kultuurilooline_kollektsioon, lk 20
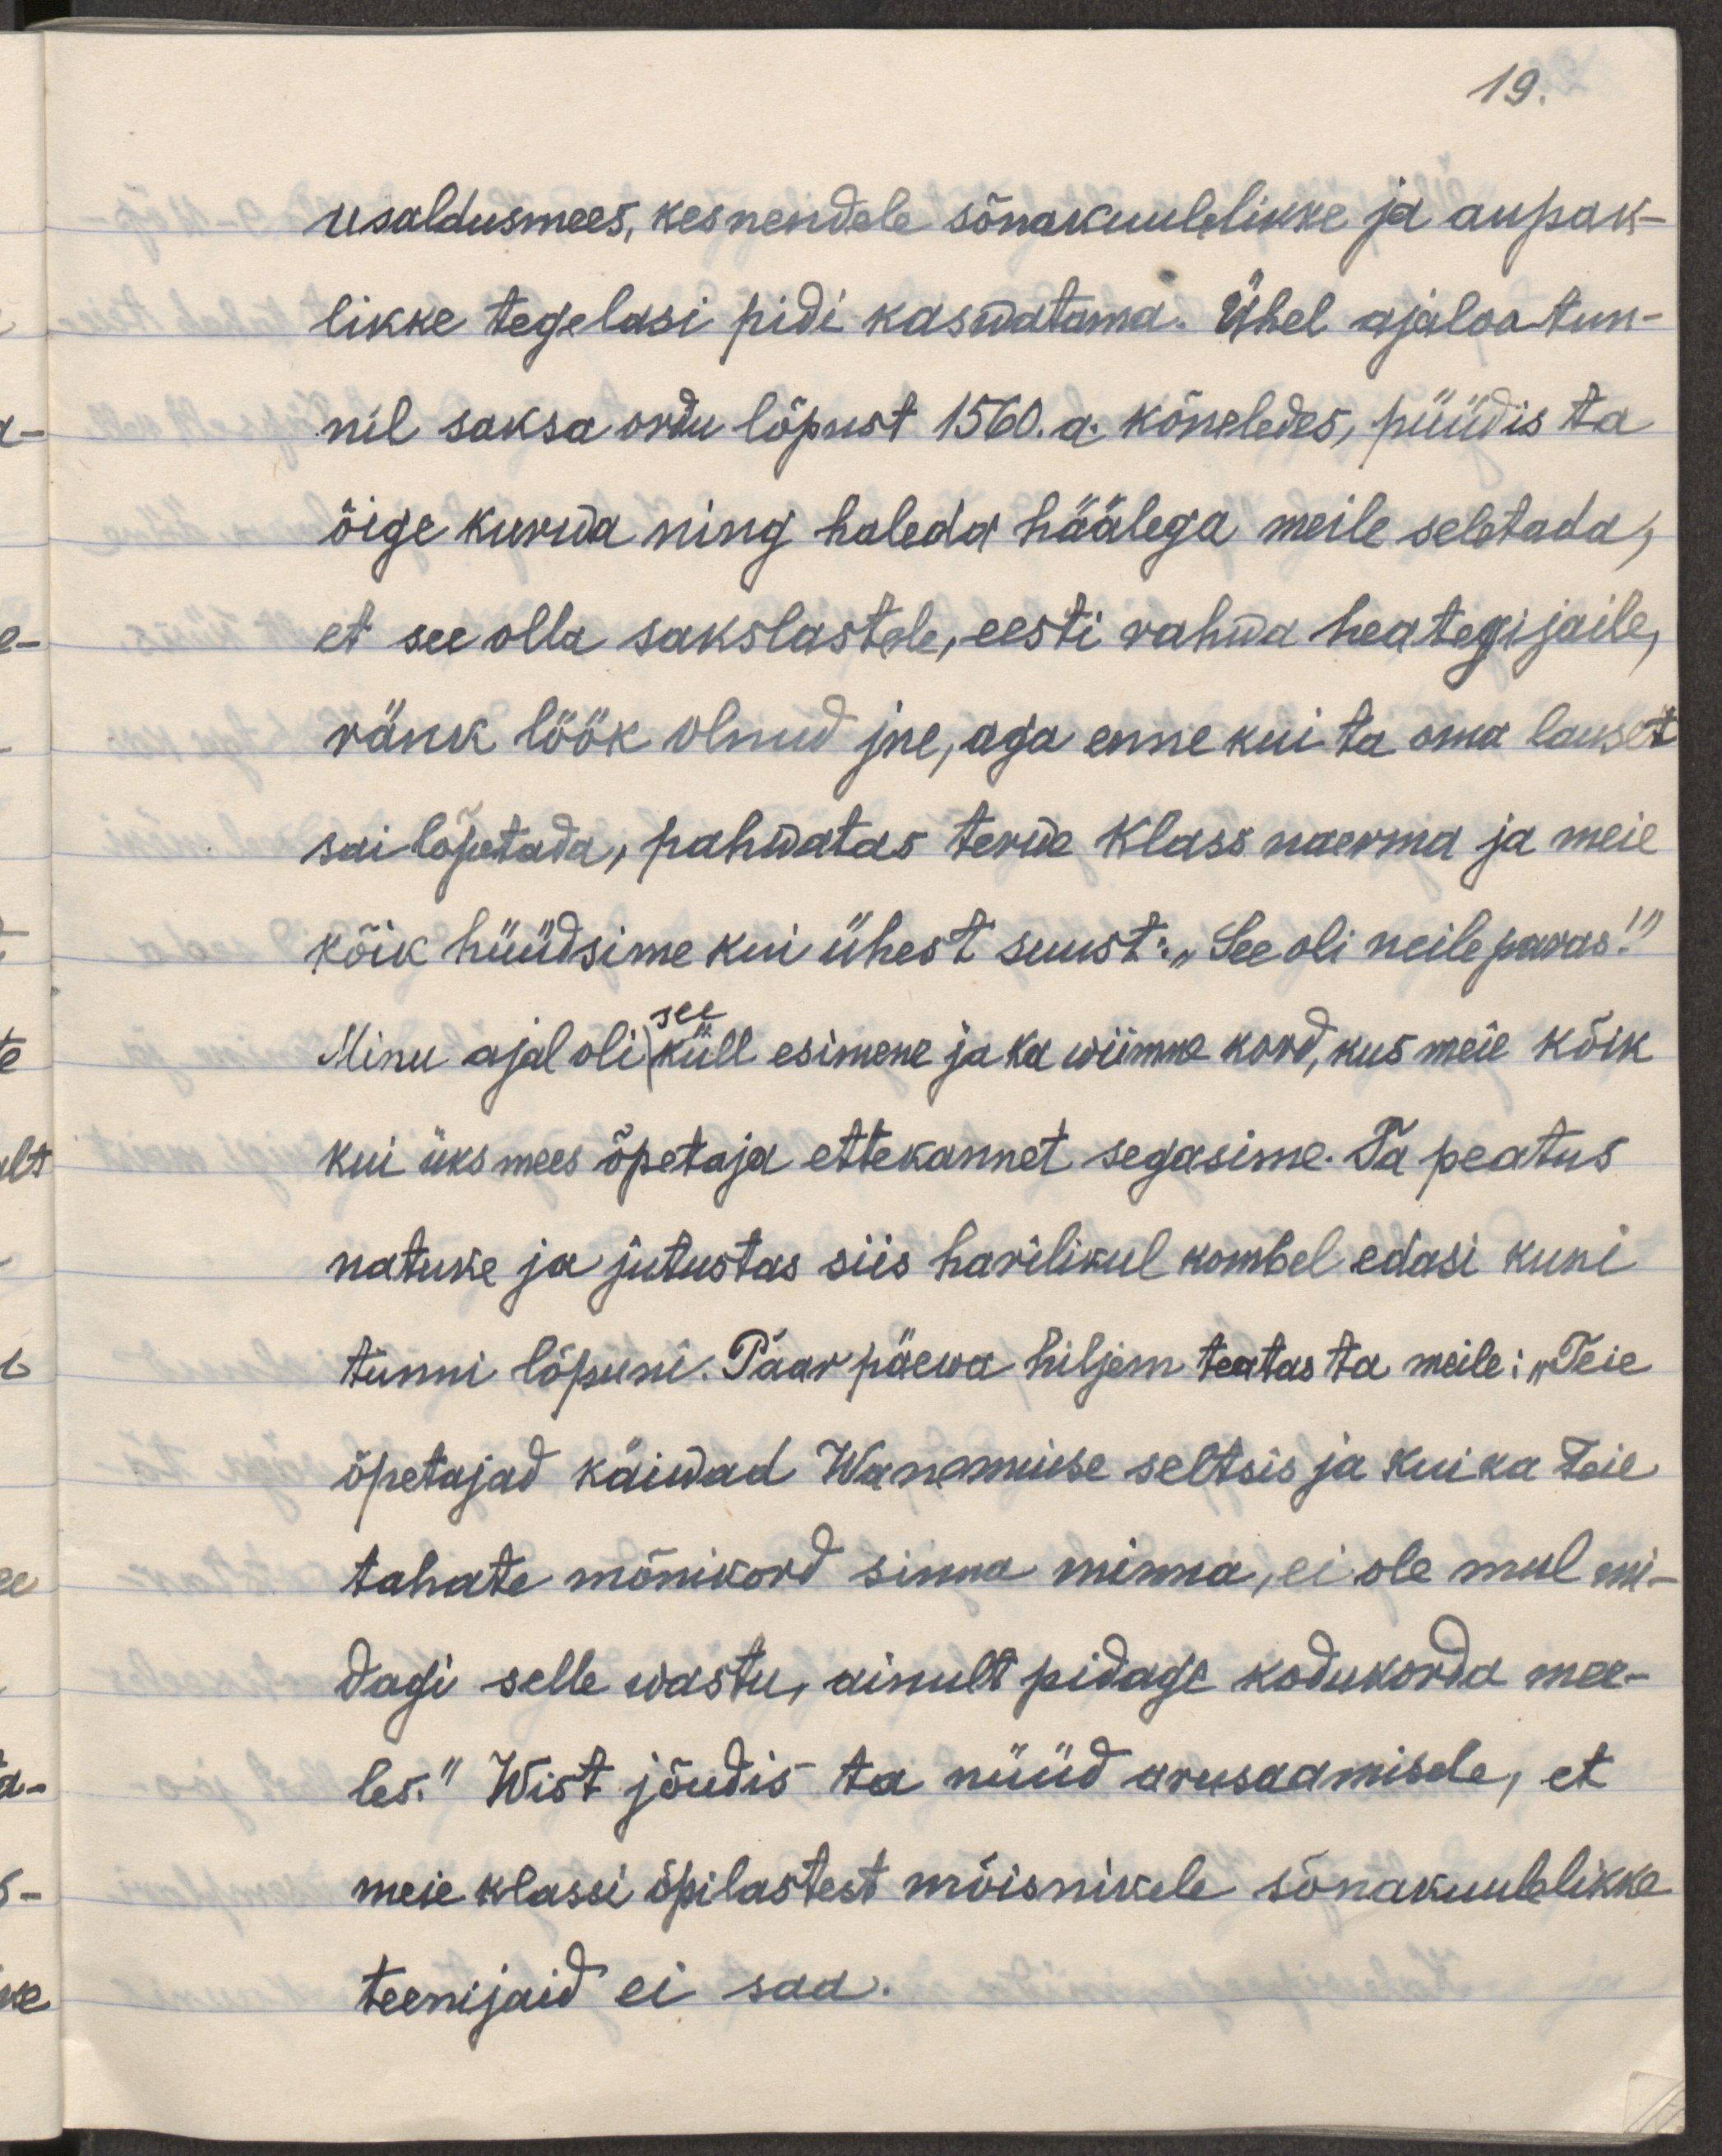
19.
usaldusmees, kes nendele sõnakuulelikke ja aupak-
likke tegelasi pidi kasvatama. Ühel ajalootun-
nil saksa ordu lõpust 1560. a. kõneledes, püüdis ta
õige kurwa ning haleda häälega meile seletada,
et see olla sakslastele, eesti rahwa heategijaile,
ränk löök olnud jne, aga enne kui ta oma lauset
sai lõpetada, pahwatas terwe klass naerma ja meie
kõik hüüdsime kui ühest suust: "See oli neile paras!"
Minu ajal oli küll esimene ja ka wiimne kord, kus meie kõik
kui üks mees õpetaja ettekannet segasime. Ta peatus
natuke ja jutustas siis harilikul kombel edasi kuni
tunni lõpuni. Paar päewa hiljem teatas ta meile: "Teie
õpetajad käiwad Wanemuise seltsis ja kui ka Teie
tahate mõnikord sinna minna, ei ole mul mi-
dagi selle wastu, ainult pidage kodukorda mee-
les." Wist jõudis ta nüüd arusaamisele, et
meie klassi õpilastest mõisnikele sõnakuulelikke
teenijaid ei saa.